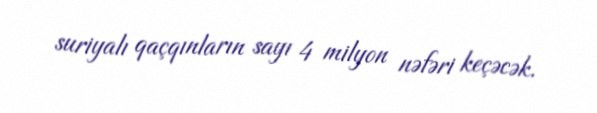
suriyalı qaçqınların sayı 4 milyon nəfəri keçəcək.